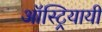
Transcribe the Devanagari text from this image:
ऑस्ट्रियायी